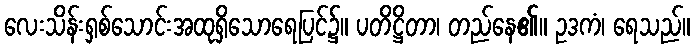
လေးသိန်းရှစ်သောင်းအထုရှိသောရေပြင်၌။ ပတိဋ္ဌိတာ၊ တည်နေ၏။ ဥဒကံ၊ ရေသည်။